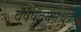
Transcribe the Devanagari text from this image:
वषेषूदयनश्चक्रे